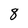
Character: 8